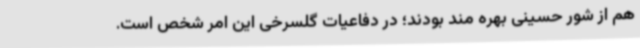
هم از شور حسینی بهره مند بودند؛ در دفاعیات گلسرخی این امر شخص است.